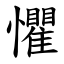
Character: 懼